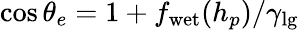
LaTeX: \cos\theta_{e}=1+f_{\mathrm{wet}}(h_{p})/\gamma_{\mathrm{lg}}